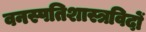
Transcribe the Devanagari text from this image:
वनस्पतिशास्त्रविदों